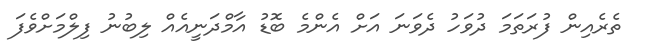
ތެރެއިން ފުރަތަމަ ދުވަހު ދެވަނަ އަށް އެންމެ ބޮޑު އާމްދަނީއެއް ލިބުނު ފިލްމަށްވެފަ